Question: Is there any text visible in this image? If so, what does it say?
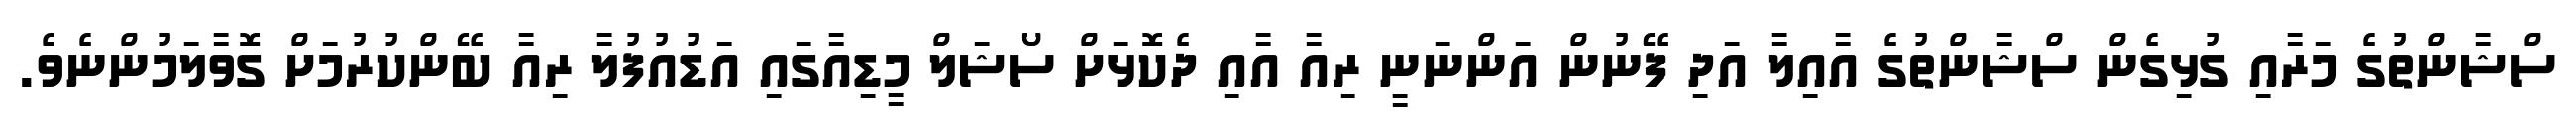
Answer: ސްޝާންތުގެ މަރާއި ގުޅިގެން ސްޝާންތުގެ އާއިލާ އަދި ފޭނުން އަންނަނީ ރިއާ އާއި ދެކޮޅަށް ސޯޝަލް މީޑިއާގައި އަޑުއުފުލާ ރިއާ ބޭންކުރުމަށް ގޮވާލަމުންނެވެ.